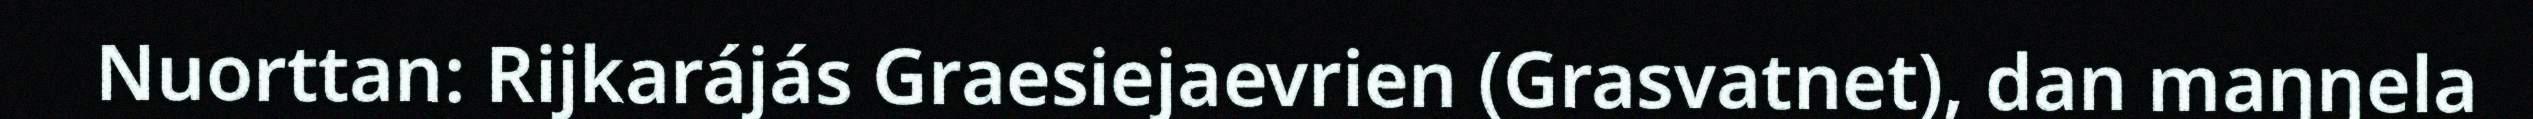
Nuorttan: Rijkarájás Graesiejaevrien (Grasvatnet), dan maŋŋela